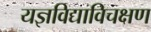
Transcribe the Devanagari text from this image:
यज्ञविद्याविचक्षण